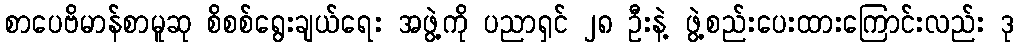
စာပေဗိမာန်စာမူဆု စိစစ်ရွေးချယ်ရေး အဖွဲ့ကို ပညာရှင် ၂၈ ဦးနဲ့ ဖွဲ့စည်းပေးထားကြောင်းလည်း ဒု